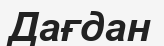
Дағдан